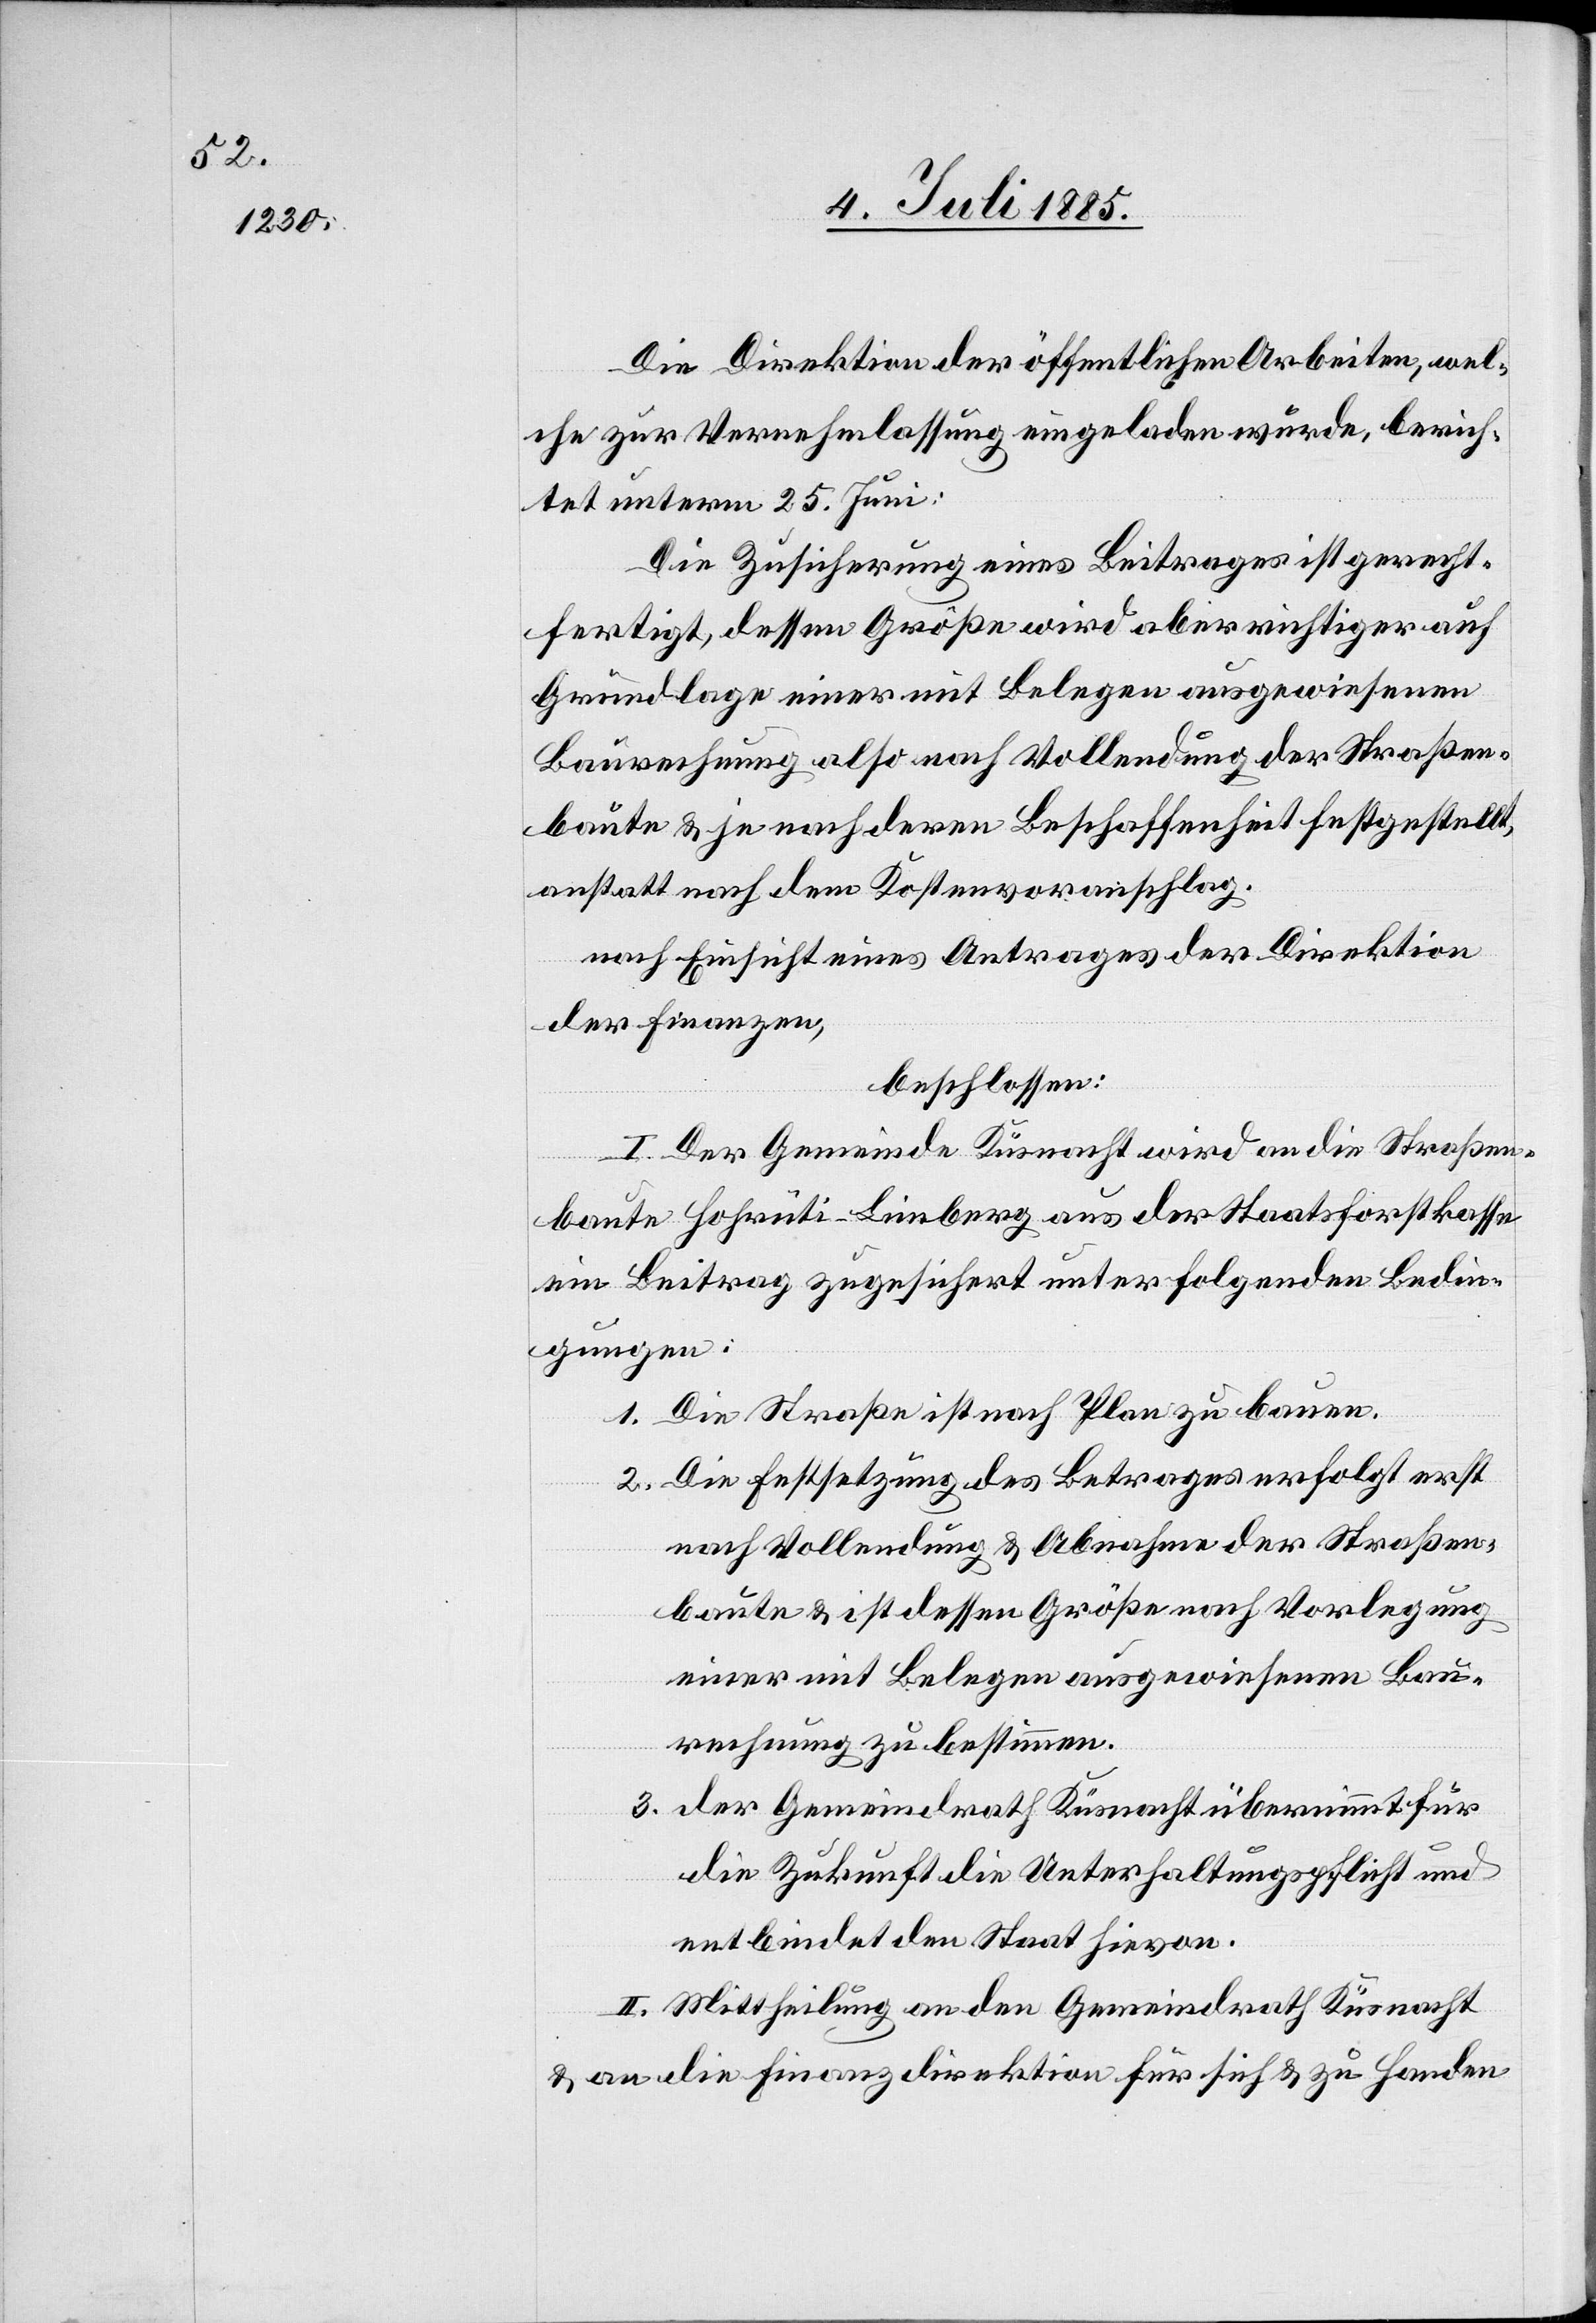
Die Direktion der öffentlichen Arbeiten, wel¬
che zur Vernehmlassung eingeladen wurde, berich¬
tet unterm 25. Juni:
Die Zusicherung eines Beitrages ist gerecht¬
fertigt, dessen Größe wird aber richtiger auf
Grundlage einer mit Belegen ausgewiesenen
Baurechnung also nach Vollendung der Straßen¬
baute & je nach deren Beschaffenheit festgestellt,
anstatt nach dem Kostenvoranschlag.
nach Einsicht eines Antrages der Direktion
der Finanzen,
beschlossen:
I. Der Gemeinde Küsnacht wird an die Straßen¬
baute Hohrüti–Limberg aus der Staatsforstkasse
ein Beitrag zugeischert unter folgenden Bedin¬
gungen:
1. Die Straße ist nach Plan zu bauen.
2. Die Festsetzung des Betrages erfolgt erst
nach Vollendung & Abnahme der Straßen¬
baute & ist dessen Größe nach Vorlegung
einer mit Belegen ausgewiesenen Bau¬
rechnung zu bestimmen.
3. der Gemeindrath Küsnacht übernimmt für
die Zukunft die Unterhaltungspflicht und
entbindet den Staat hievon.
II. Mittheilung an den Gemeindrath Küsnacht
& an die Finanzdirektion für sich & zu Handen